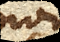
aliquando